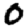
Digit: 0